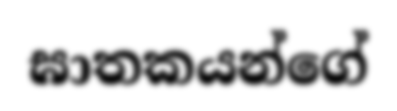
ඝාතකයන්ගේ